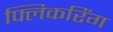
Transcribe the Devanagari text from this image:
फ्लिकरिंग